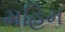
મહિમ